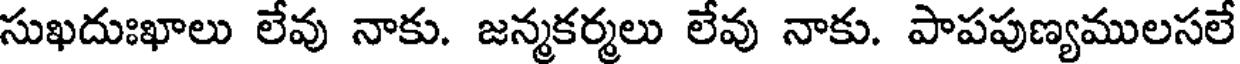
సుఖదుఃఖాలు లేవు నాకు. జన్మకర్మలు లేవు నాకు. పాపపుణ్యములసలే